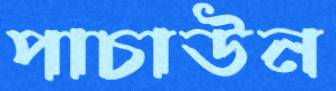
পাচাউন